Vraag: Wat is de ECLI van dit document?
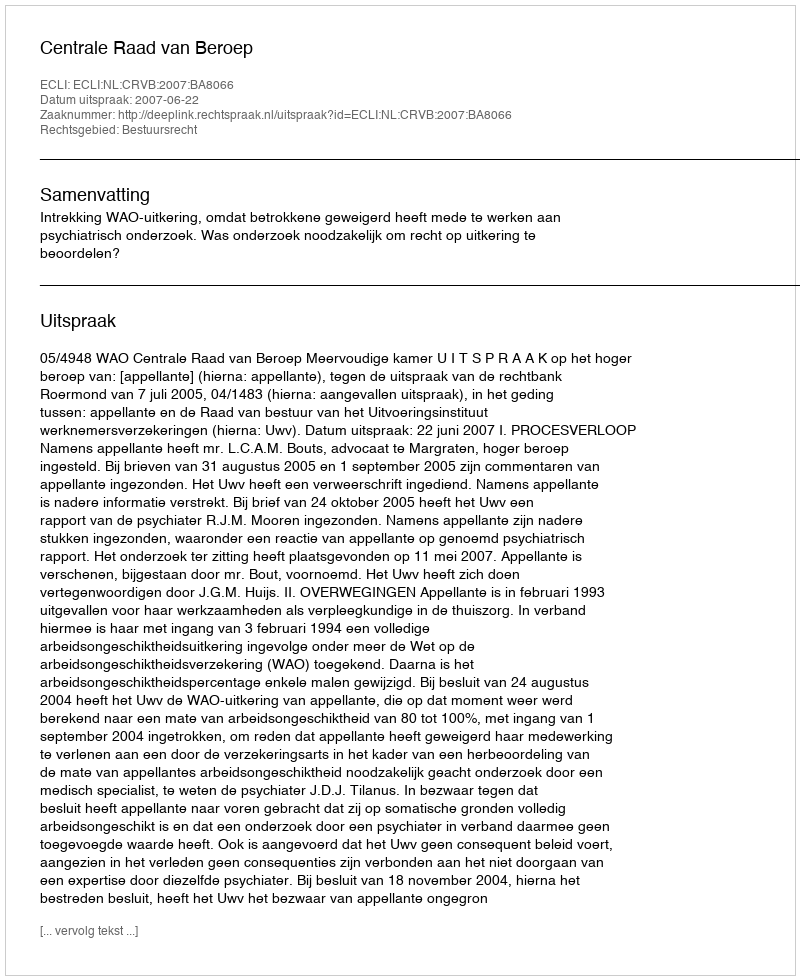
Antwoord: ECLI:NL:CRVB:2007:BA8066